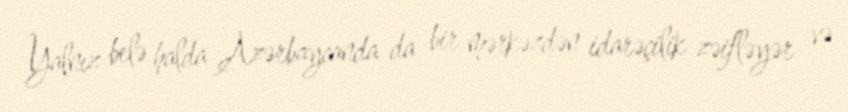
Yalnız belə halda Azərbaycanda da bir mərkəzdən idarəçilik zəifləyər və